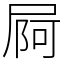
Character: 屙